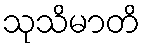
သုသိမာတိ